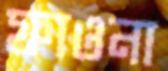
ফাওনা